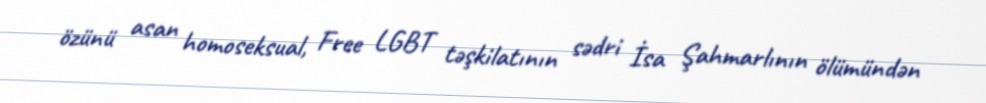
özünü asan homoseksual, Free LGBT təşkilatının sədri İsa Şahmarlının ölümündən